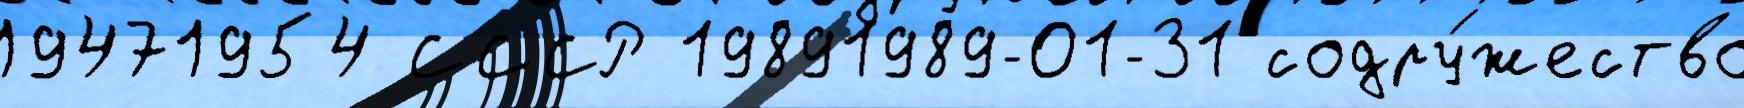
19471954 СССР 19891989-01-31 содру́жество